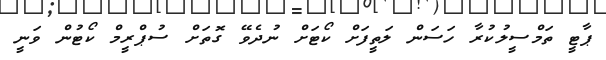
ޕާޓީ ތަމްސީލުކުރާ ހަސަން ލަތީފަށް ކޯޓަށް ނުދެވޭ ގޮތަށް ސުޕްރީމް ކޯޓުން ވަނީ